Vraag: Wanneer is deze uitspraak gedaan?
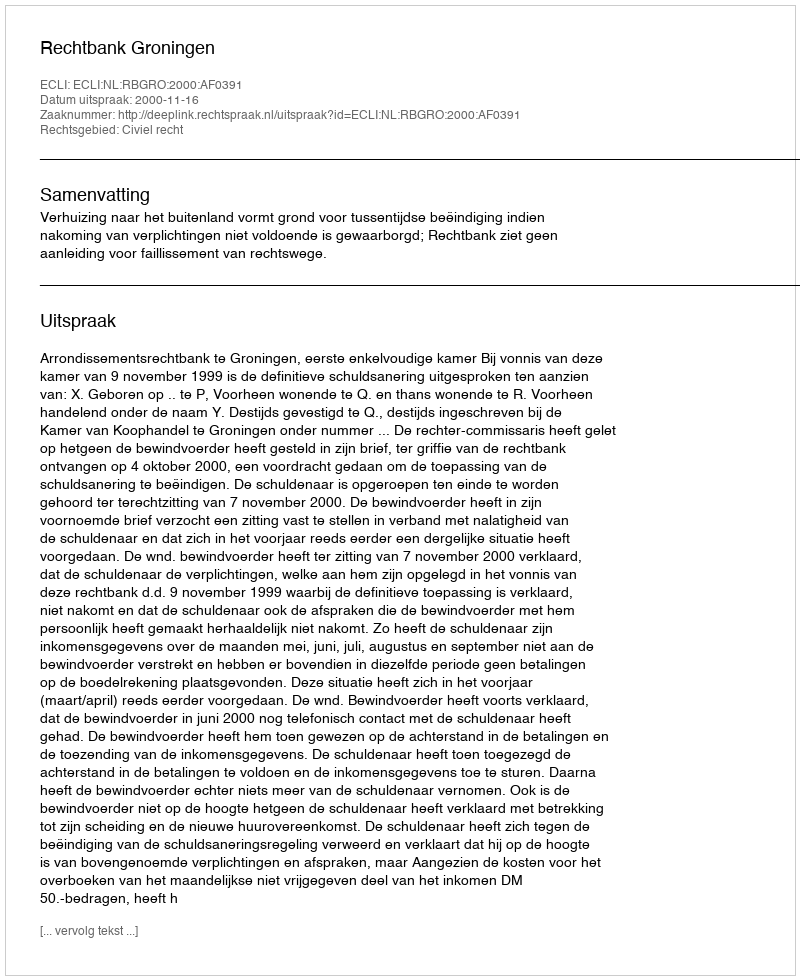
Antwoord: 2000-11-16